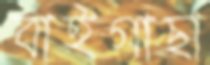
বাইগাছা